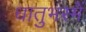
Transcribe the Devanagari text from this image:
धातुभस्में